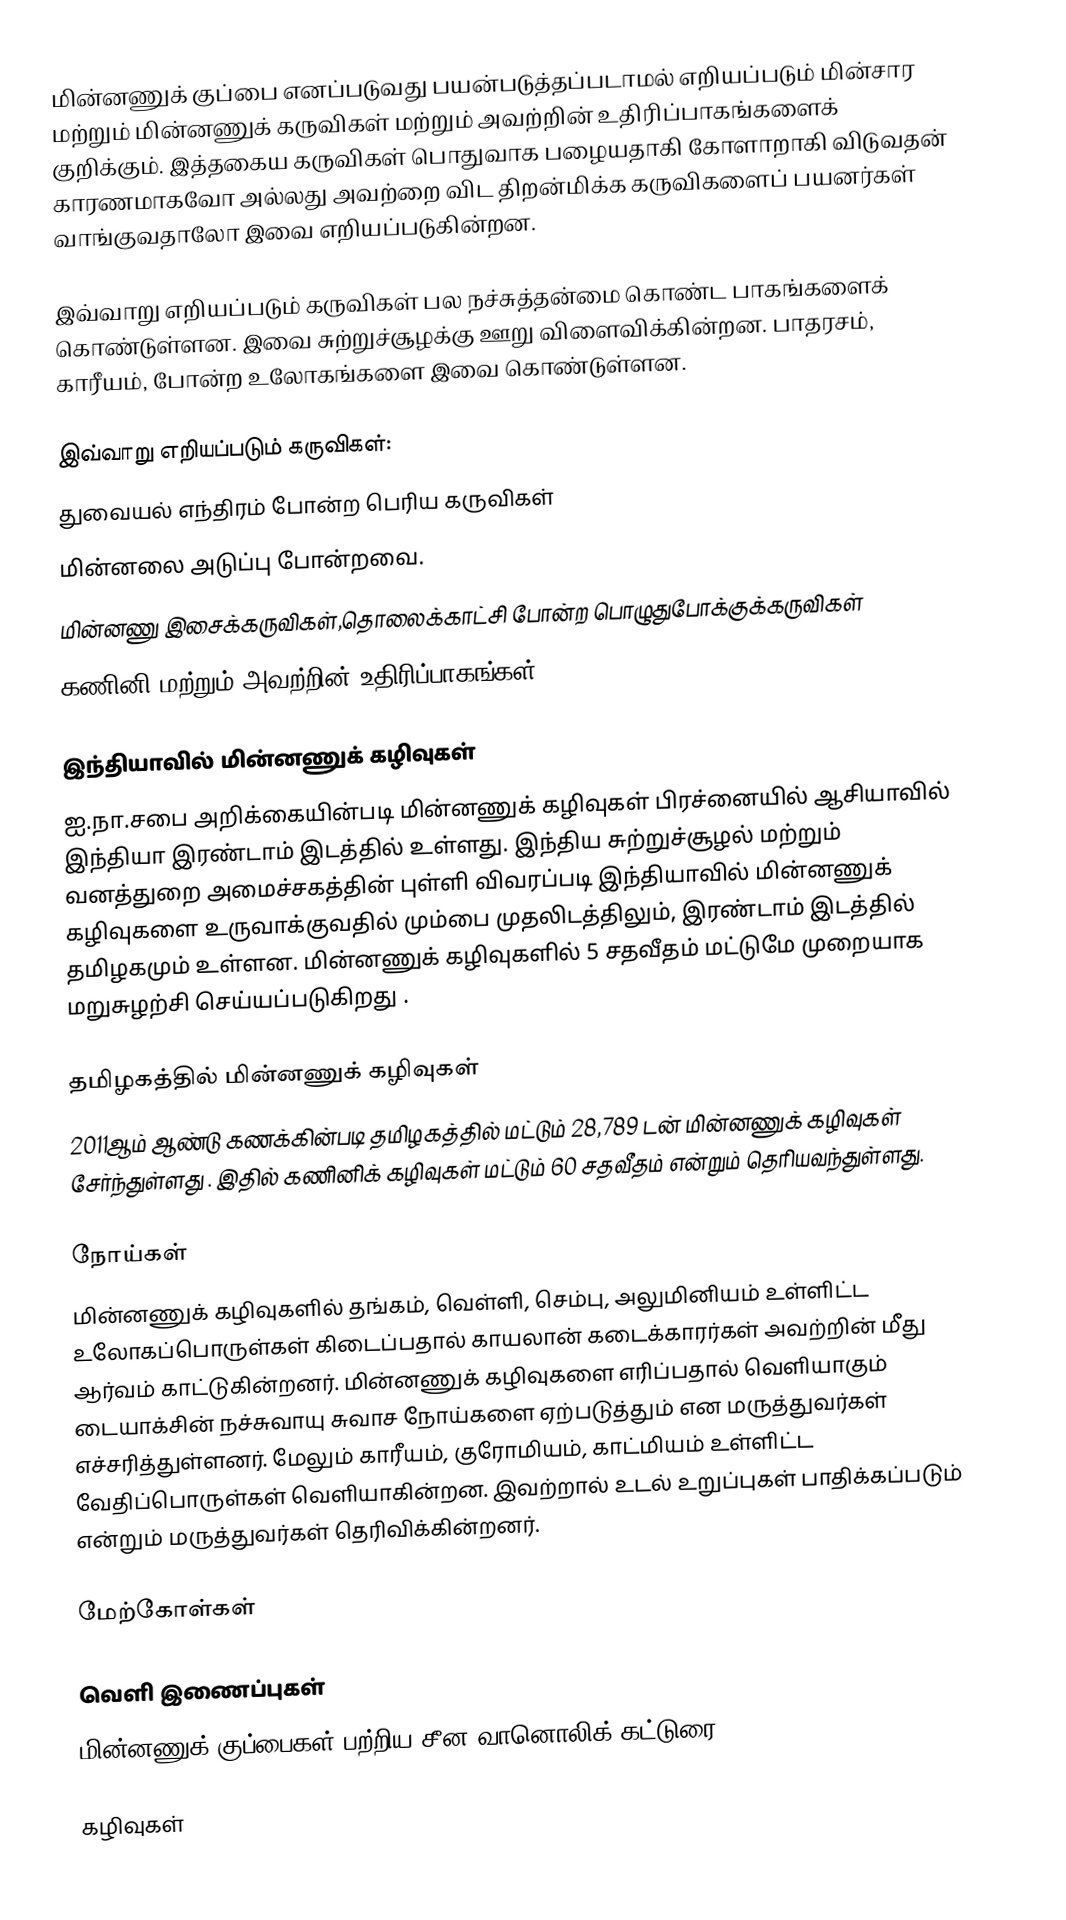
மின்னணுக் குப்பை எனப்படுவது பயன்படுத்தப்படாமல் எறியப்படும் மின்சார மற்றும் மின்னணுக் கருவிகள் மற்றும் அவற்றின் உதிரிப்பாகங்களைக் குறிக்கும். இத்தகைய கருவிகள் பொதுவாக பழையதாகி கோளாறாகி விடுவதன் காரணமாகவோ அல்லது அவற்றை விட திறன்மிக்க கருவிகளைப் பயனர்கள் வாங்குவதாலோ இவை எறியப்படுகின்றன.

இவ்வாறு எறியப்படும் கருவிகள் பல நச்சுத்தன்மை கொண்ட பாகங்களைக் கொண்டுள்ளன. இவை சுற்றுச்சூழக்கு ஊறு விளைவிக்கின்றன. பாதரசம், காரீயம், போன்ற உலோகங்களை இவை கொண்டுள்ளன.

இவ்வாறு எறியப்படும் கருவிகள்:
 துவையல் எந்திரம் போன்ற பெரிய கருவிகள்
 மின்னலை அடுப்பு போன்றவை.
 மின்னணு இசைக்கருவிகள்,தொலைக்காட்சி போன்ற பொழுதுபோக்குக்கருவிகள்
 கணினி மற்றும் அவற்றின் உதிரிப்பாகங்கள்

இந்தியாவில் மின்னணுக் கழிவுகள்
ஐ.நா.சபை அறிக்கையின்படி மின்னணுக் கழிவுகள் பிரச்னையில் ஆசியாவில் இந்தியா இரண்டாம் இடத்தில் உள்ளது. இந்திய சுற்றுச்சூழல் மற்றும் வனத்துறை அமைச்சகத்தின் புள்ளி விவரப்படி இந்தியாவில் மின்னணுக் கழிவுகளை உருவாக்குவதில் மும்பை முதலிடத்திலும், இரண்டாம் இடத்தில் தமிழகமும் உள்ளன. மின்னணுக் கழிவுகளில்  5 சதவீதம் மட்டுமே முறையாக மறுசுழற்சி செய்யப்படுகிறது .

தமிழகத்தில் மின்னணுக் கழிவுகள்
2011ஆம் ஆண்டு கணக்கின்படி தமிழகத்தில் மட்டும் 28,789 டன் மின்னணுக் கழிவுகள் சேர்ந்துள்ளது . இதில் கணினிக் கழிவுகள் மட்டும் 60 சதவீதம் என்றும் தெரியவந்துள்ளது.

நோய்கள்
மின்னணுக் கழிவுகளில் தங்கம், வெள்ளி, செம்பு, அலுமினியம் உள்ளிட்ட உலோகப்பொருள்கள் கிடைப்பதால் காயலான் கடைக்காரர்கள் அவற்றின் மீது ஆர்வம் காட்டுகின்றனர். மின்னணுக் கழிவுகளை எரிப்பதால் வெளியாகும் டையாக்சின் நச்சுவாயு சுவாச நோய்களை ஏற்படுத்தும் என மருத்துவர்கள் எச்சரித்துள்ளனர். மேலும் காரீயம், குரோமியம், காட்மியம் உள்ளிட்ட வேதிப்பொருள்கள் வெளியாகின்றன. இவற்றால் உடல் உறுப்புகள் பாதிக்கப்படும் என்றும் மருத்துவர்கள் தெரிவிக்கின்றனர்.

மேற்கோள்கள்

வெளி இணைப்புகள்
 மின்னணுக் குப்பைகள் பற்றிய சீன வானொலிக் கட்டுரை

கழிவுகள்